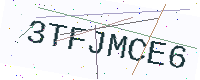
Text: 3TFJMCE6